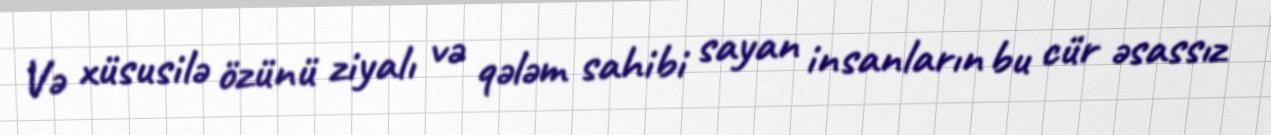
Və xüsusilə özünü ziyalı və qələm sahibi sayan insanların bu cür əsassız